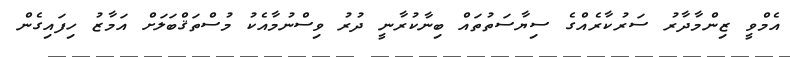
އެމްވީ ޒިންމާދާރު ސަރުކާރެއްގެ ސިޔާސަތުތައް ބިނާކުރާނީ ދުރު ވިސްނުމާއެކު މުސްތަޤްބަލަށް އަމާޒު ހިފައިގެން